Lock hospitals Punjab
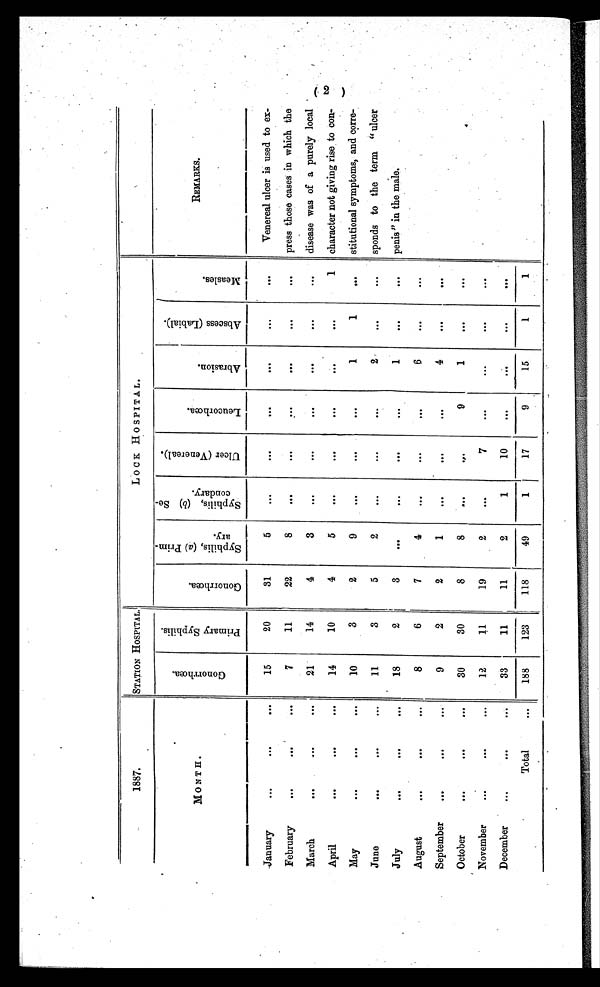
1887.
STATION HOSPITAL.
LOCK HOSPITAL.
MONTH.
G o n o r r h œ a .
P r i m a r y S y p h i l i s .
G o n o r r h œ a .
S y p h i l i s (
a)
P r i m a r y .
S y p h i l i s , (
b
) S e c o n d a r y .
U l c e r ( V e n e r e a l )
L e u c o r h o œ a .
A b r a s i o n .
A b s c e s s ( L a b i a l )
M e a s l e s .
REMARKS.
January
...
...
...
15
20
31
5
. . .
. . .
. . .
. . .
. . .
. . .
Venereal ulcer is used to ex-
press those cases in which the
disease was of a purely local
character not giving rise to con-
stitutional symptoms, and corre-
sponds to the term " ulcer
penis" in the male.
February
...
...
...
7
11
22
8
. . .
. . . ...
. . .
. . .
. . .
March
...
...
...
21
14
4
3
. . .
. . .
. . .
. . .
. . .
. . .
April
...
...
...
14
10
4
5
. . .
. . .
. . .
. . .
. . .
1
May
...
...
...
10
3
2
9
. . .
. . .
. . .
1
1
. . .
June
...
...
...
11
3
5
2
. . .
. . .
...
2
. . .
. . .
July
...
...
...
18
2
3
. . .
...
...
. . .
1
. . .
. . .
August
...
...
...
8
6
7
4
. . .
. . .
. . .
6
. . .
.
.
.
September
...
...
...
9
2
2
1
. . .
...
. . .
4
. . .
. . .
October
...
...
...
30
30
8
8
. . .
... ...
1
. . .
. . .
November
...
...
...
12
11
19
2
. . .
7
. . .
. . .
. . .
. . .
December
...
...
33
11
11
2
1
1
. . .
. . .
. . .
. . .
Total
. . .
188
123
118
49
1
17
9
15
1
1
•
(2)